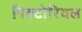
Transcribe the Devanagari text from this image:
पिक्टोरियल